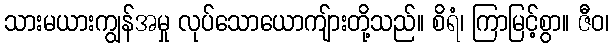
သားမယားကျွန်အမှု လုပ်သောယောကျ်ားတို့သည်။ စိရံ၊ ကြာမြင့်စွာ။ ဇီဝ၊